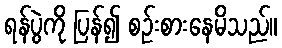
ရန်ပွဲကို ပြန်၍ စဉ်းစားနေမိသည်။